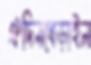
ঐদিনধেড়াইল